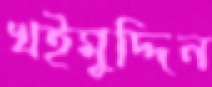
খইমুদ্দিন